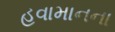
હવામાનના